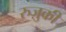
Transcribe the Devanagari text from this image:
रुज़ुकी